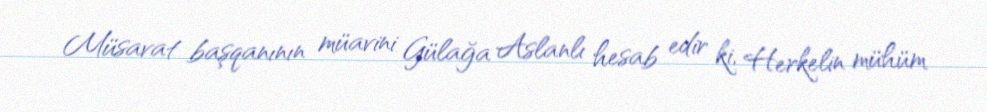
Müsavat başqanının müavini Gülağa Aslanlı hesab edir ki, Herkelin mühüm